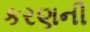
કરણની